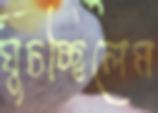
ঘুচচ্ছিলেম